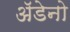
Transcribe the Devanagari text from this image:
अॅडेनो